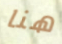
هنا